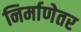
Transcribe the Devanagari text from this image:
निर्माणेतर